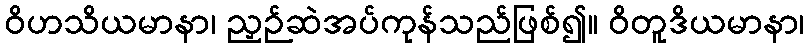
ဝိဟသိယမာနာ၊ ညှဉ်ဆဲအပ်ကုန်သည်ဖြစ်၍။ ဝိတူဒိယမာနာ၊